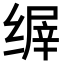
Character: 𬘽